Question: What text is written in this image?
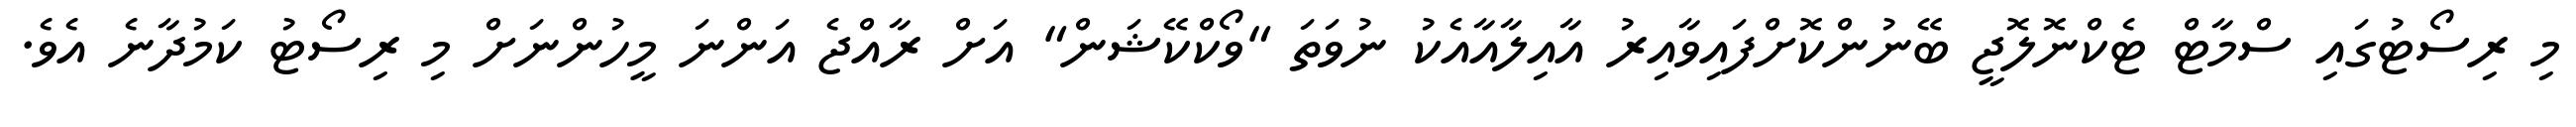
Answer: މި ރިސޯޓުގައި ސްމާޓް ޓެކްނޮލޮޖީ ބޭނުންކޮށްފައިވާއިރު އާއިލާއާއެކު ނުވަތަ "ވޯކްކޭޝަން" އަށް ރާއްޖެ އަންނަ މީހުންނަށް މި ރިސޯޓު ކަމުދާނެ އެވެ.